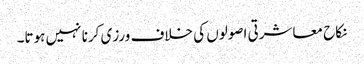
نکاح معاشرتی اصولوں کی خلاف ورزی کرنا نہیں ہوتا۔